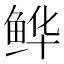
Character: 𫚘